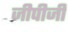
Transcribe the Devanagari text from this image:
जीपीजी